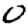
Digit: 0